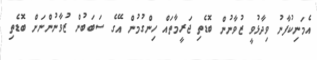
އެމަނިކުފާނު ވިދާޅުވީ ޒުވާނުން ބޮޑެތި ޖަރީމާތައް ހިންގުމުން އޭގެ ސަބަބުން ޒުވާނުންނަށް ބޮޑެތި